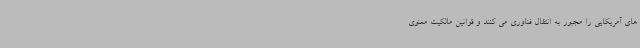
های آمریکایی را مجبور به انتقال فناوری می کنند و قوانین مالکیت معنوی